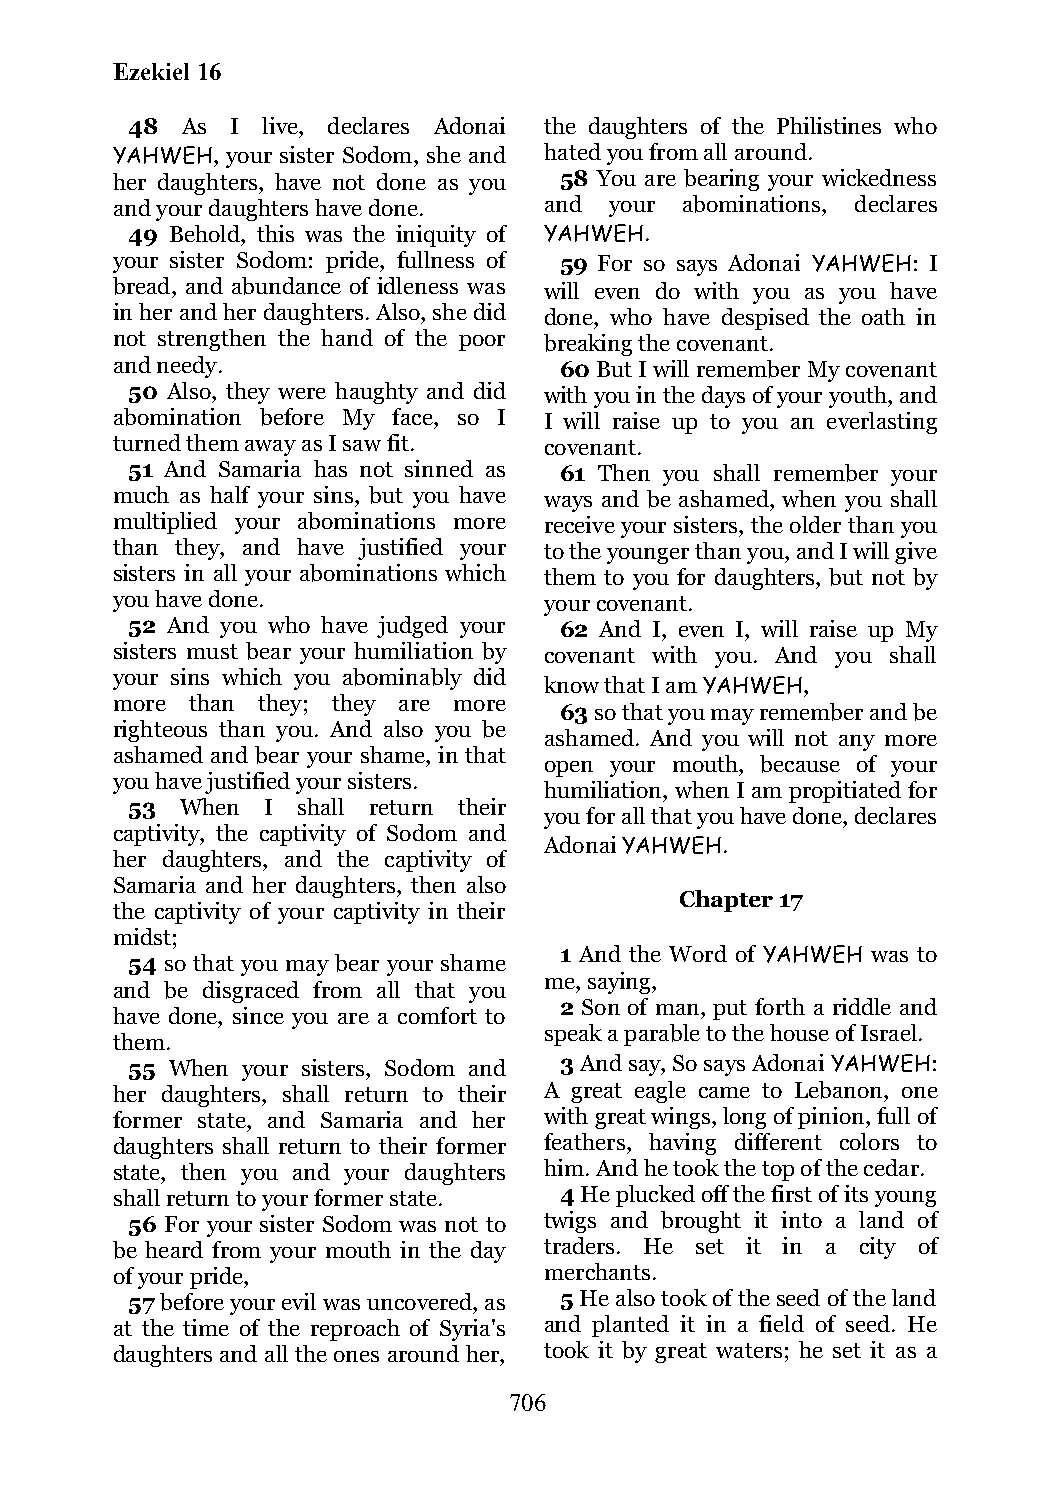
Ezekiel 16
 48  As I live, declares Adonai the daughters of the Philistines who
 YAHWEH, your sister Sodom, she and hated you from all around.
 her daughters, have not done as you 58 You are bearing your wickedness
 and your daughters have done. and your abominations, declares
 49 Behold, this was the iniquity of YAHWEH.
 your sister Sodom: pride, fullness of 59 For so says Adonai YAHWEH: I
 bread, and abundance of idleness was will even do with you as you have
 in her and her daughters. Also, she did done, who have despised the oath in
 not strengthen the hand of the poor breaking the covenant.
 and needy.                    60 But I will remember My covenant
 50 Also, they were haughty and did with you in the days of your youth, and
 abomination before My face, so I I will raise up to you an everlasting
 turned them away as I saw fit. covenant.
 51 And Samaria has not sinned as 61 Then you shall remember your
 much as half your sins, but you have ways and be ashamed, when you shall
 multiplied your abominations more receive your sisters, the older than you
 than they, and have justified your to the younger than you, and I will give
 sisters in all your abominations which them to you for daughters, but not by
 you have done.               your covenant.
 52 And you who have judged your 62 And I, even I, will raise up My
 sisters must bear your humiliation by covenant with you. And you shall
 your sins which you abominably did
 know that I am YAHWEH,
 more than they; they are more
 63 so that you may remember and be
 righteous than you. And also you be
 ashamed. And you will not any more
 ashamed and bear your shame, in that
 open your mouth, because of your
 you have justified your sisters.
 humiliation, when I am propitiated for
 53  When  I shall return their
 you for all that you have done, declares
 captivity, the captivity of Sodom and
 Adonai YAHWEH.
 her daughters, and the captivity of
 Samaria and her daughters, then also
 Chapter 17
 the captivity of your captivity in their
 midst;
 1 And the Word of YAHWEH was to
 54 so that you may bear your shame
 me, saying,
 and be disgraced from all that you
 2 Son of man, put forth a riddle and
 have done, since you are a comfort to
 speak a parable to the house of Israel.
 them.
 55 When your sisters, Sodom and 3 And say, So says Adonai YAHWEH:
 her daughters, shall return to their A great eagle came to Lebanon, one
 former state, and Samaria and her with great wings, long of pinion, full of
 daughters shall return to their former feathers, having different colors to
 state, then you and your daughters him. And he took the top of the cedar.
 shall return to your former state. 4 He plucked off the first of its young
 56 For your sister Sodom was not to twigs and brought it into a land of
 be heard from your mouth in the day traders. He set it in a city of
 of your pride,               merchants.
 57 before your evil was uncovered, as 5 He also took of the seed of the land
 at the time of the reproach of Syria's and planted it in a field of seed. He
 daughters and all the ones around her, took it by great waters; he set it as a
 706